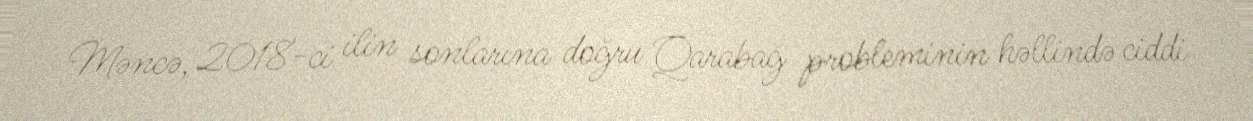
Məncə, 2018-ci ilin sonlarına doğru Qarabağ probleminin həllində ciddi